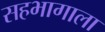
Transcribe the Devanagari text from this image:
सहभागाला